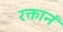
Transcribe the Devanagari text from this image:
रक्तानं